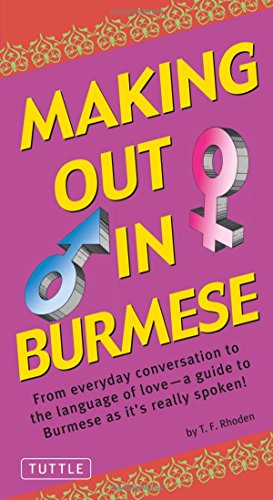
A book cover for Making Out in Burmese: (Burmese Phrasebook) (Making Out Books); T.F. Rhoden; Travel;